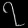
Digit: ၇